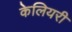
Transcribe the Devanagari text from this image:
केलियरी